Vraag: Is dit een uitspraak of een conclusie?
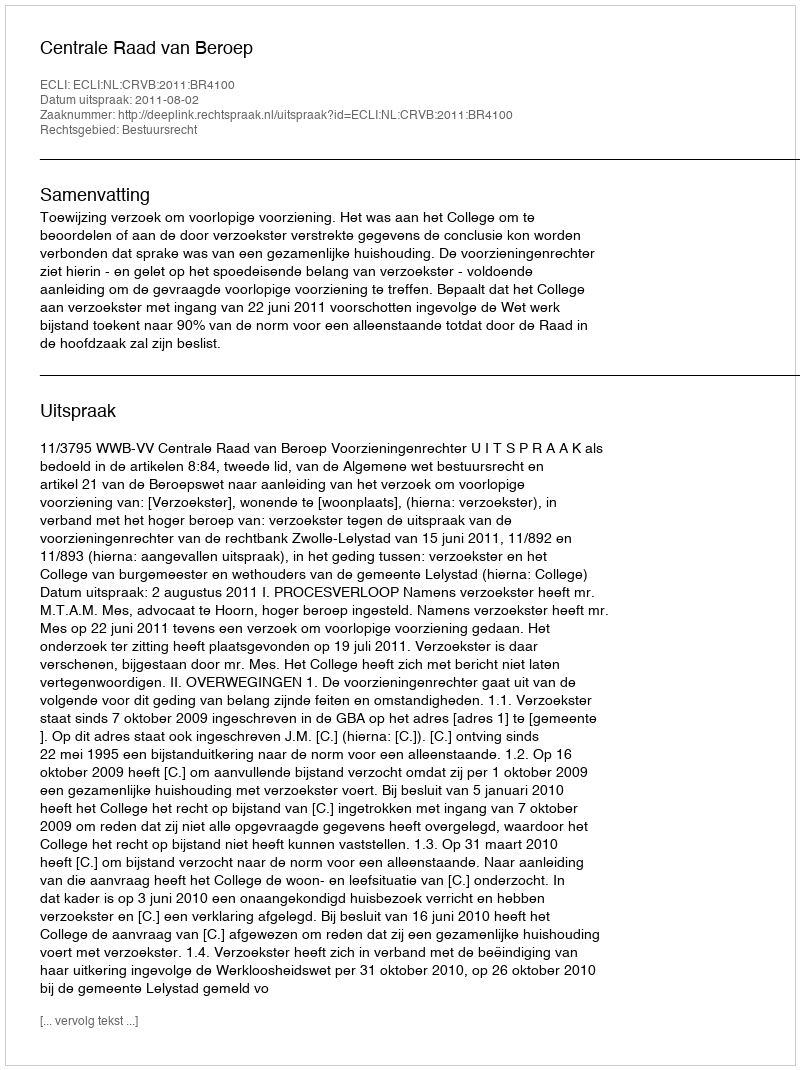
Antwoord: Uitspraak